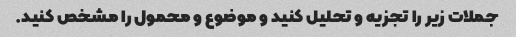
جملات زیر را تجزیه و تحلیل کنید و موضوع و محمول را مشخص کنید.